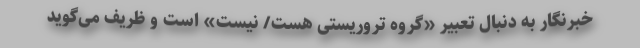
خبرنگار به دنبال تعبیر «گروه تروریستی هست/ نیست» است و ظریف می‌گوید